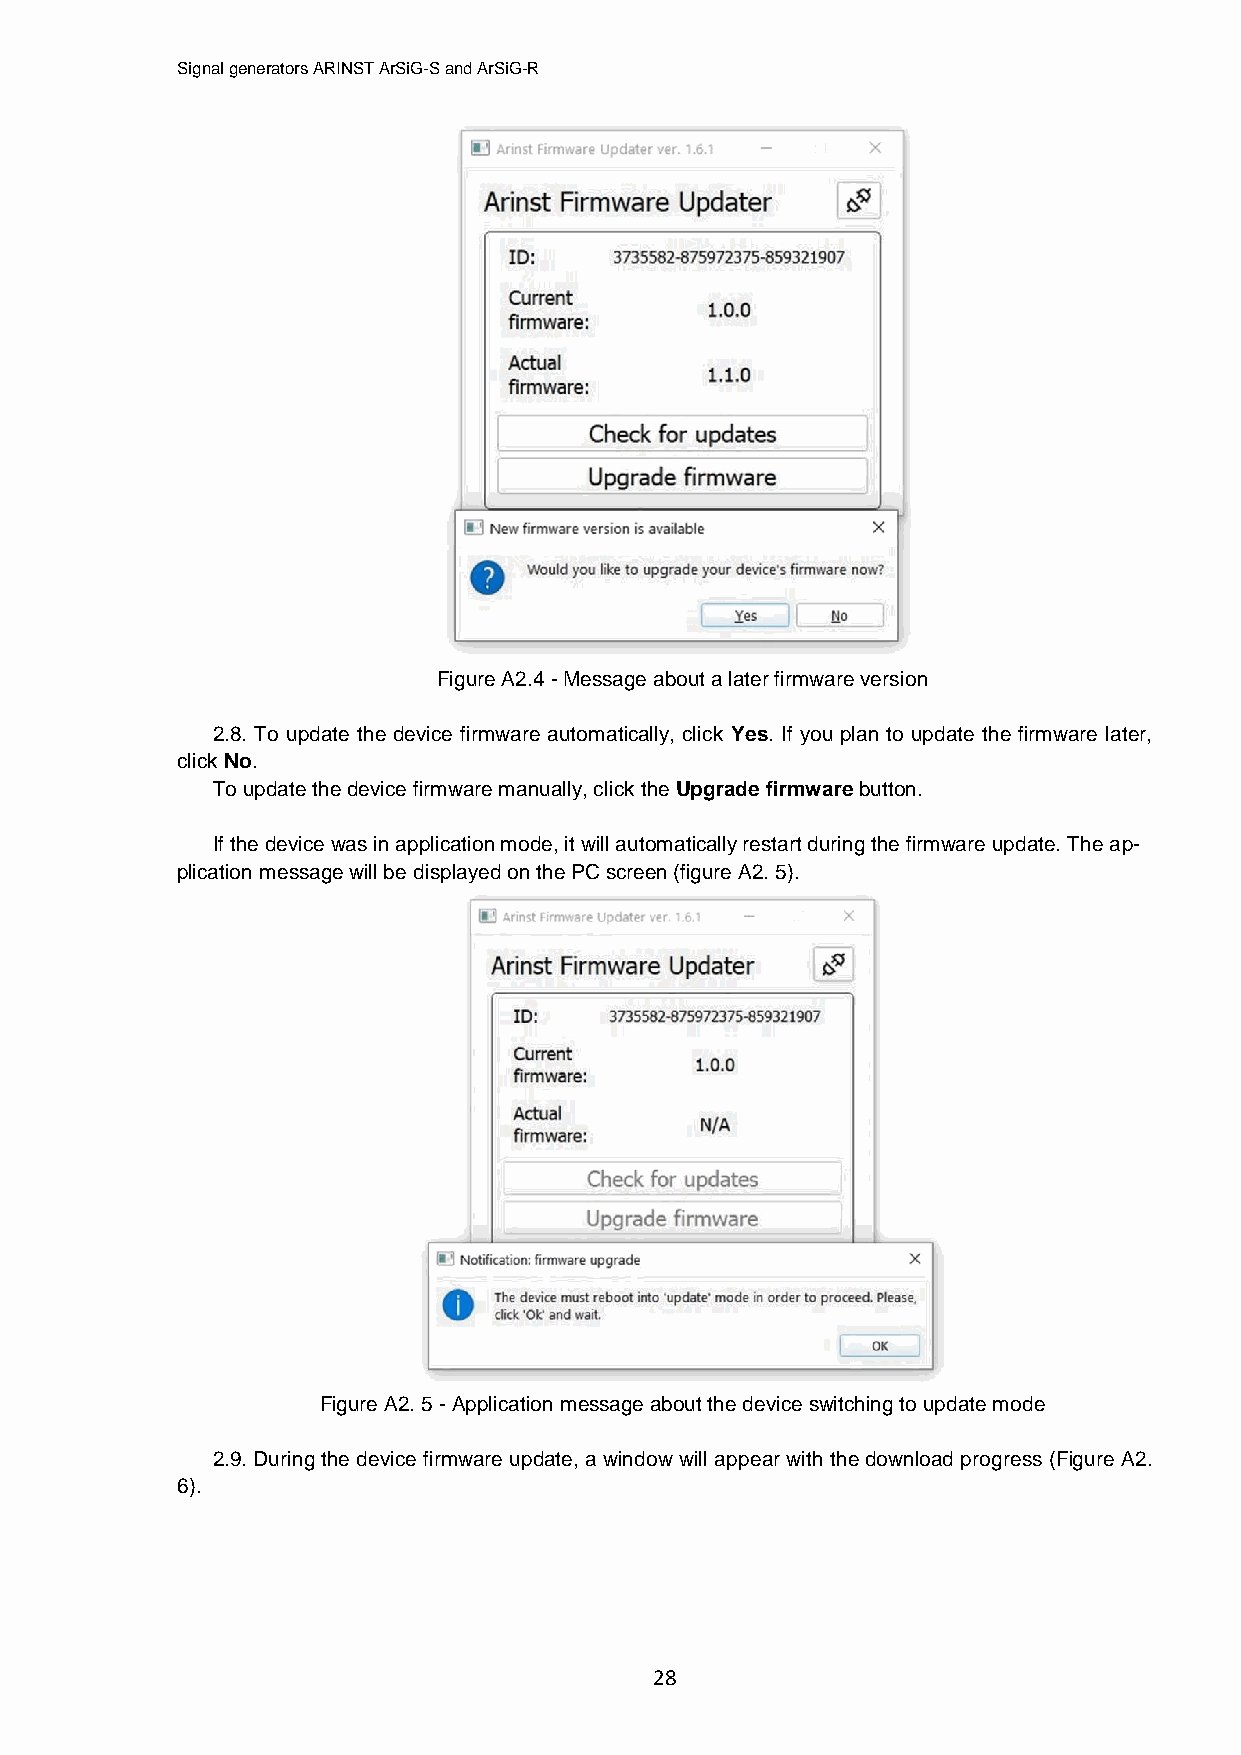
Signal generators ARINST ArSiG-S and ArSiG-R
 Figure A2.4 - Message about a later firmware version
 2.8. To update the device firmware automatically, click Yes. If you plan to update the firmware later,
 click No.
 To update the device firmware manually, click the Upgrade firmware button.
 If the device was in application mode, it will automatically restart during the firmware update. The ap-
 plication message will be displayed on the PC screen (figure A2. 5).
 Figure A2. 5 - Application message about the device switching to update mode
 2.9. During the device firmware update, a window will appear with the download progress (Figure A2.
 6).
 28